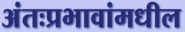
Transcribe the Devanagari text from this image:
अंतःप्रभावांमधील